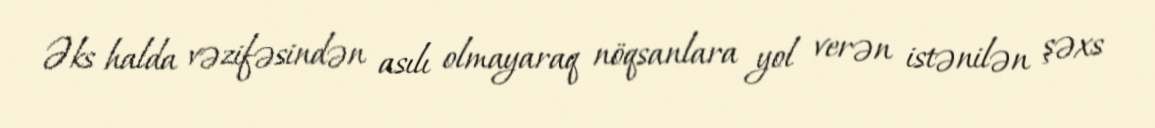
Əks halda vəzifəsindən asılı olmayaraq nöqsanlara yol verən istənilən şəxs